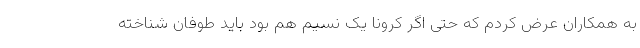
به همکاران عرض کردم که حتی اگر کرونا یک نسیم هم بود باید طوفان شناخته